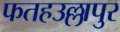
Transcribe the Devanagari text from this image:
फतहउल्लापुर